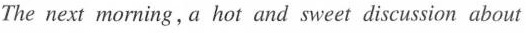
The next morning, a hot and sweet discussion about